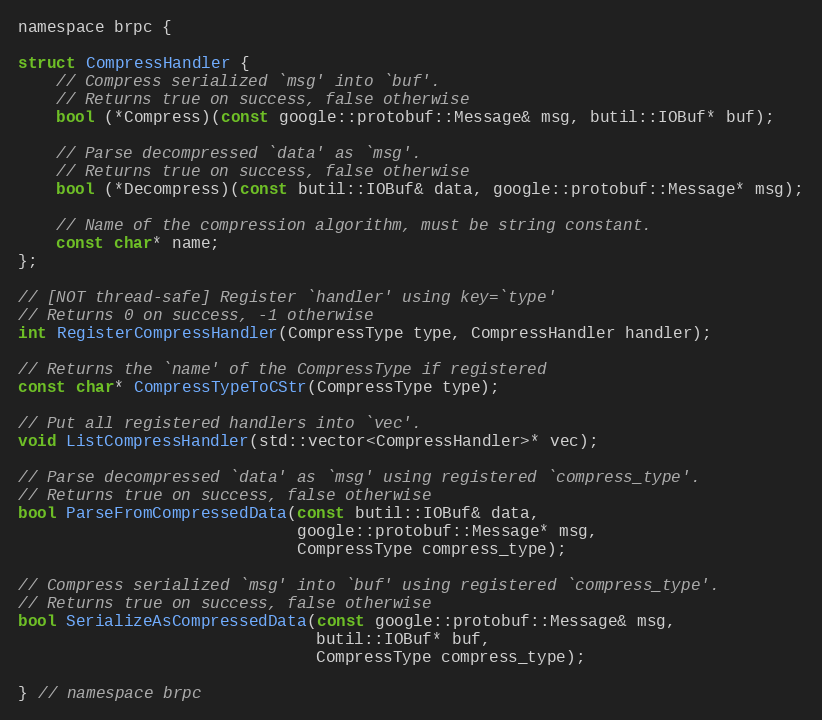
Language: C
namespace brpc {

struct CompressHandler {
    // Compress serialized `msg' into `buf'.
    // Returns true on success, false otherwise
    bool (*Compress)(const google::protobuf::Message& msg, butil::IOBuf* buf);

    // Parse decompressed `data' as `msg'.
    // Returns true on success, false otherwise
    bool (*Decompress)(const butil::IOBuf& data, google::protobuf::Message* msg);

    // Name of the compression algorithm, must be string constant.
    const char* name;
};

// [NOT thread-safe] Register `handler' using key=`type'
// Returns 0 on success, -1 otherwise
int RegisterCompressHandler(CompressType type, CompressHandler handler);

// Returns the `name' of the CompressType if registered
const char* CompressTypeToCStr(CompressType type);

// Put all registered handlers into `vec'.
void ListCompressHandler(std::vector<CompressHandler>* vec);

// Parse decompressed `data' as `msg' using registered `compress_type'.
// Returns true on success, false otherwise
bool ParseFromCompressedData(const butil::IOBuf& data,
                             google::protobuf::Message* msg,
                             CompressType compress_type);

// Compress serialized `msg' into `buf' using registered `compress_type'.
// Returns true on success, false otherwise
bool SerializeAsCompressedData(const google::protobuf::Message& msg,
                               butil::IOBuf* buf,
                               CompressType compress_type);

} // namespace brpc